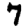
Digit: 7